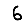
Digit: 6